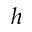
h